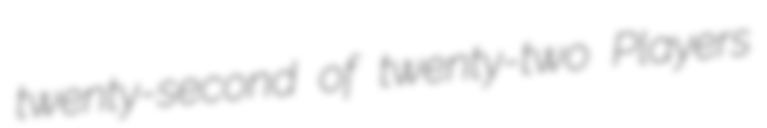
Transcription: twenty-second of twenty-two Players